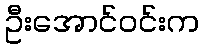
ဦးအောင်ဝင်းက